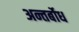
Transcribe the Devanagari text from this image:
अन्तर्बोध